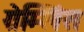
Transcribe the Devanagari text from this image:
ग्रेम्लिंस